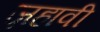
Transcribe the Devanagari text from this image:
ज़हावी